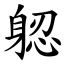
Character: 躵